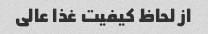
از لحاظ کیفیت غذا عالی